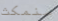
سنمكث